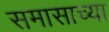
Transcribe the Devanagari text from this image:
समासाच्या